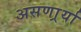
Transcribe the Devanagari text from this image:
असणार्र्या